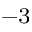
^ { - 3 }